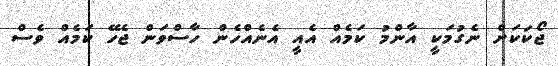
ޖޯކަކަށް ނެގުމަކީ އާންމު ކަމެއް އެއީ އެނެއްހެން ހާސްވަން ޖެހޭ ކަމެއް ވެސް